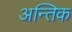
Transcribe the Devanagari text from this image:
अन्तिक